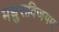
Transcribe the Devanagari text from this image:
मधुराविजयम्